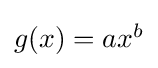
\textstyle g(x)=ax^{b}